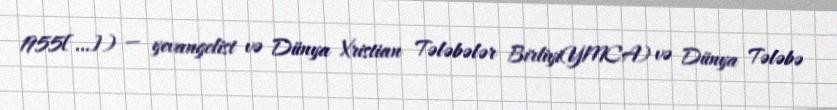
1955[…]) — yevangelist və Dünya Xristian Tələbələr Birliyi(YMCA) və Dünya Tələbə